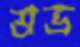
শ্রভ্র